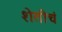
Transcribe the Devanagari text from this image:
शेतीचं